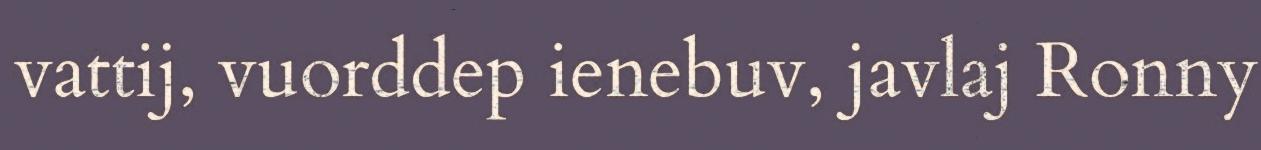
vattij, vuorddep ienebuv, javlaj Ronny